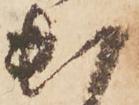
出